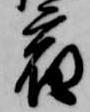
宿